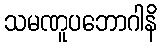
သမဏူပဘောဂါနိ